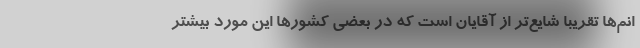
انم‌ها تقریبا شایع‌تر از آقایان است که در بعضی کشورها این مورد بیشتر